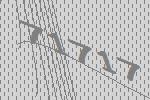
71717